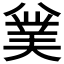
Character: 𠔯